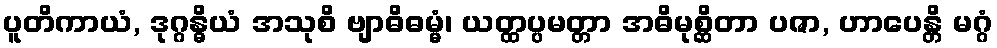
ပူတိကာယံ, ဒုဂ္ဂန္ဓိယံ အသုစိ ဗျာဓိဓမ္မံ၊ ယတ္ထပ္ပမတ္တာ အဓိမုစ္ဆိတာ ပဇာ, ဟာပေန္တိ မဂ္ဂံ